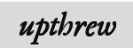
upthrew